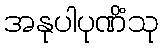
အနုပါပုဏိံသု